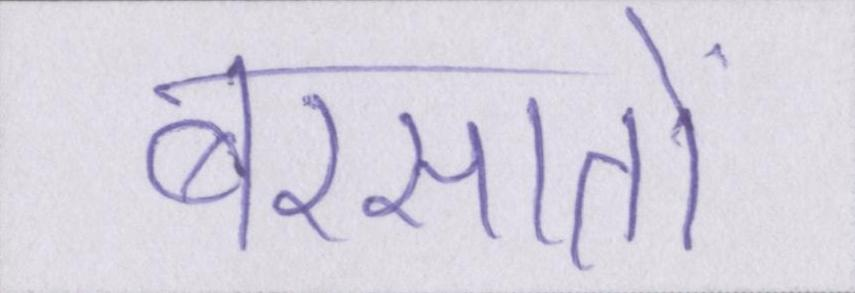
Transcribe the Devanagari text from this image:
बरसातों